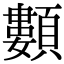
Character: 䫫